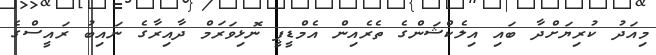
މިއަދު ކުރިޔަށްދާ ބައި އިލެކްޝަންގެ ތެރެއިން އެމްޑީޕީ ނޮޅިވަރަމް ދާއިރާގެ ނައިބު ރައީސްގެ